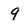
Character: 9